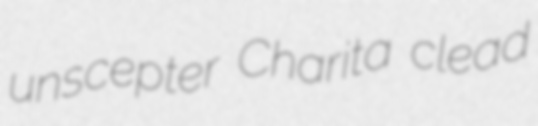
unscepter Charita clead